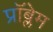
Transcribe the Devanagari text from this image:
प्राॅब्लेम